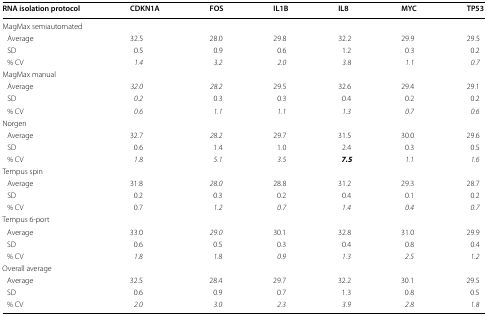
| RNA isolation protocol | CDKN1A | FOS | IL1B | IL8 | MYC | TP53 |
 | --- | --- | --- | --- | --- | --- | --- |
 | <COLSPAN=7> MagMax semiautomated |
 | Average | 32.5 | 28.0 | 29.8 | 32.2 | 29.9 | 29.5 |
 | SD | 0.5 | 0.9 | 0.6 | 1.2 | 0.3 | 0.2 |
 | % CV | 1.4 | 3.2 | 2.0 | 3.8 | 1.1 | 0.7 |
 | <COLSPAN=7> MagMax manual |
 | Average | 32.0 | 28.2 | 29.5 | 32.6 | 29.4 | 29.1 |
 | SD | 0.2 | 0.3 | 0.3 | 0.4 | 0.2 | 0.2 |
 | % CV | 0.6 | 1.1 | 1.1 | 1.3 | 0.7 | 0.6 |
 | <COLSPAN=7> Norgen |
 | Average | 32.7 | 28.2 | 29.7 | 31.5 | 30.0 | 29.6 |
 | SD | 0.6 | 1.4 | 1.0 | 2.4 | 0.3 | 0.5 |
 | % CV | 1.8 | 5.1 | 3.5 | 7.5 | 1.1 | 1.6 |
 | <COLSPAN=7> Tempus spin |
 | Average | 31.8 | 28.0 | 28.8 | 31.2 | 29.3 | 28.7 |
 | SD | 0.2 | 0.3 | 0.2 | 0.4 | 0.1 | 0.2 |
 | % CV | 0.7 | 1.2 | 0.7 | 1.4 | 0.4 | 0.7 |
 | <COLSPAN=7> Tempus 6-port |
 | Average | 33.0 | 29.0 | 30.1 | 32.8 | 31.0 | 29.9 |
 | SD | 0.6 | 0.5 | 0.3 | 0.4 | 0.8 | 0.4 |
 | % CV | 1.8 | 1.8 | 0.9 | 1.3 | 2.5 | 1.2 |
 | <COLSPAN=7> Overall average |
 | Average | 32.5 | 28.4 | 29.7 | 32.2 | 30.1 | 29.5 |
 | SD | 0.6 | 0.9 | 0.7 | 1.3 | 0.8 | 0.5 |
 | % CV | 2.0 | 3.0 | 2.3 | 3.9 | 2.8 | 1.8 |